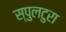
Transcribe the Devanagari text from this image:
स्पुलटुरा